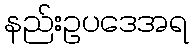
နည်းဥပဒေအရ